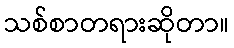
သစ်စာတရားဆိုတာ။